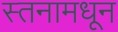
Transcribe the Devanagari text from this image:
स्तनामधून